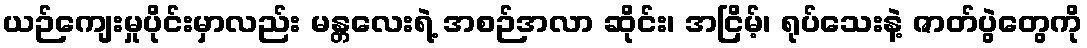
ယဉ်ကျေးမှုပိုင်းမှာလည်း မန္တလေးရဲ့ အစဉ်အလာ ဆိုင်း၊ အငြိမ့်၊ ရုပ်သေးနဲ့ ဇာတ်ပွဲတွေကို